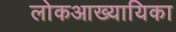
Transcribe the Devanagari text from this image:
लोकआख्यायिका